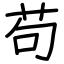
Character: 苟